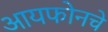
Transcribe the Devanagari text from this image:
आयफोनचे